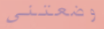
وضعتني